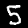
Digit: 5